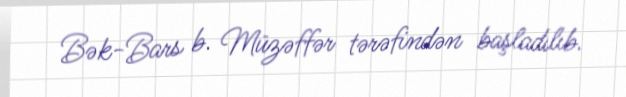
Bək-Bars b. Müzəffər tərəfindən başladılıb.